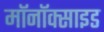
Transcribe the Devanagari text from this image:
मॉनॉक्साइड